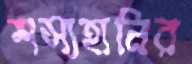
শস্যহানির